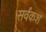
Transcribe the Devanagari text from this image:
सर्वंकश